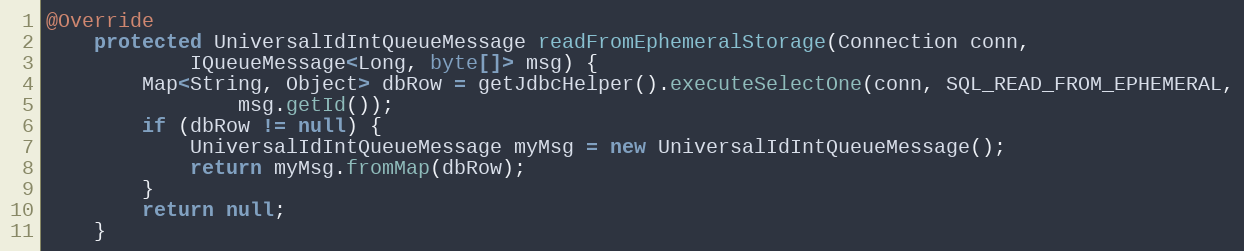
Language: Java
@Override
    protected UniversalIdIntQueueMessage readFromEphemeralStorage(Connection conn,
            IQueueMessage<Long, byte[]> msg) {
        Map<String, Object> dbRow = getJdbcHelper().executeSelectOne(conn, SQL_READ_FROM_EPHEMERAL,
                msg.getId());
        if (dbRow != null) {
            UniversalIdIntQueueMessage myMsg = new UniversalIdIntQueueMessage();
            return myMsg.fromMap(dbRow);
        }
        return null;
    }